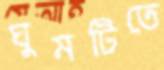
ঘুমটিতে